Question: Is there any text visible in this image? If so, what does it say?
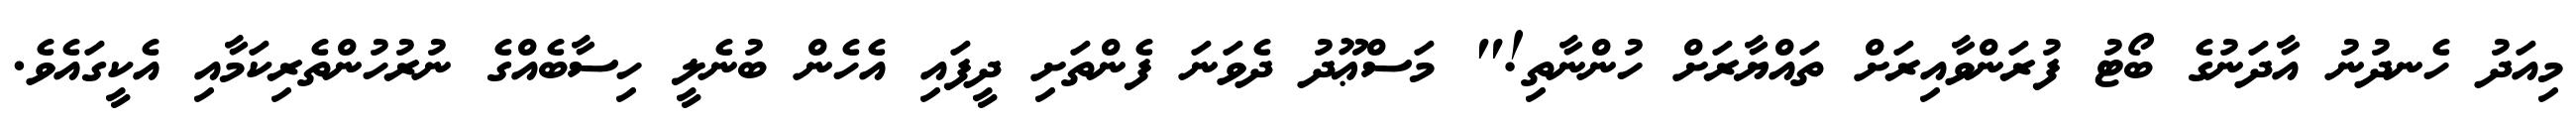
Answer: މިއަދު ހެނދުނު އާދަނުގެ ބޯޓު ފުރަންވާއިރަށް ތައްޔާރަށް ހުންނާތި!" މަސްޢޫދު ދެވަނަ ފެންތަށި ދީފައި އެހެން ބުނެލީ ހިސާބެއްގެ ނުރުހުންތެރިކަމާއި އެކީގައެވެ.